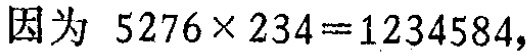
因为 \(5276\times 234 = 1234584\)，